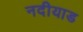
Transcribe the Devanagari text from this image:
नदीयाड